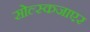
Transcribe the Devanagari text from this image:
सोल्स्कजाएर